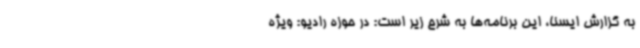
به گزارش ایسنا، این برنامه‌ها به شرح زیر است: در حوزه رادیو: ویژه